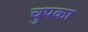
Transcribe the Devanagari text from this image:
चुपका